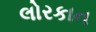
લોરકાન